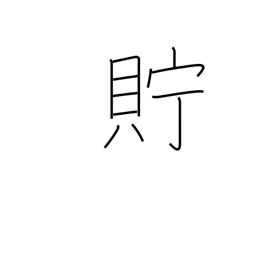
Meaning: keep